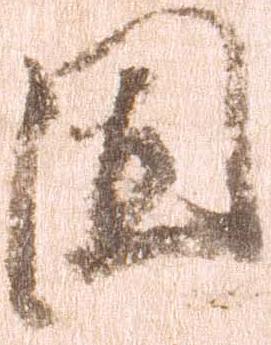
固